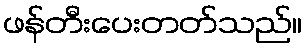
ဖန်တီးပေးတတ်သည်။